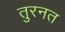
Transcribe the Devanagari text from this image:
तुरनत